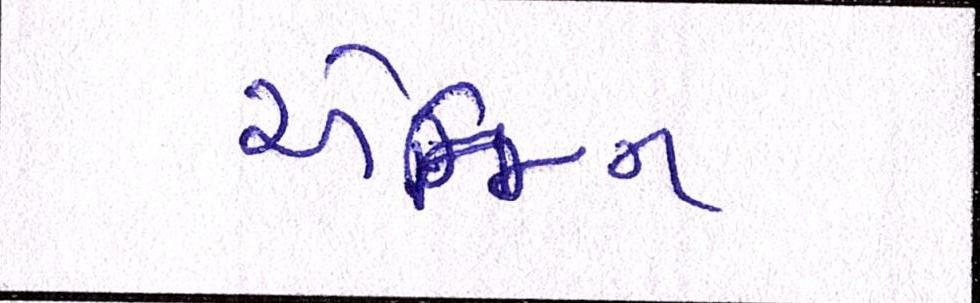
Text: એન્જિન